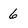
Character: 6